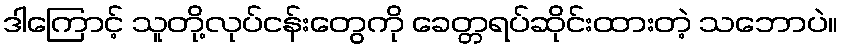
ဒါကြောင့် သူတို့လုပ်ငန်းတွေကို ခေတ္တရပ်ဆိုင်းထားတဲ့ သဘောပဲ။